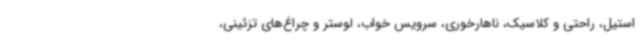
استیل، راحتی و کلاسیک، ناهارخوری، سرویس خواب، لوستر و چراغ‌های تزئینی،